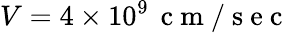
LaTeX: V=4\times 10^{9}\, \mathrm{~c~m~/~s~e~c~}